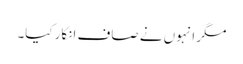
مگر انہوں نے صاف انکار کیا۔